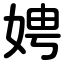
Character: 娉